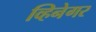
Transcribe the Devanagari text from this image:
व्हिनेगर